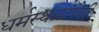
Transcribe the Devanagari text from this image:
धर्मस्थळांपैकी